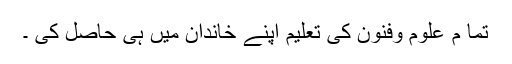
تما م علوم وفنون کی تعلیم اپنے خاندان میں ہی حاصل کی ۔